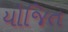
યોજિત